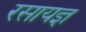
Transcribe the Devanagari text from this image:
रसायज्ञ